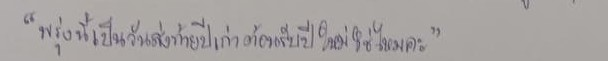
"พรุ่งนี้เป็นวันส่งท้ายปีเก่าต้อนรับปีใหม่ใช่ไหมคะ?"